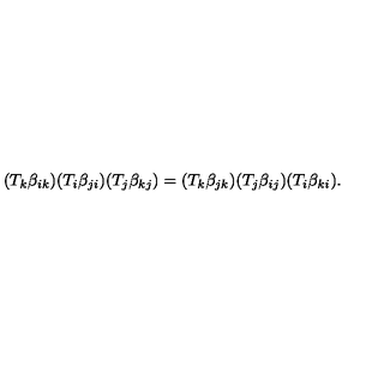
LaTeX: ( T _ { k } \beta _ { i k } ) ( T _ { i } \beta _ { j i } ) ( T _ { j } \beta _ { k j } ) = ( T _ { k } \beta _ { j k } ) ( T _ { j } \beta _ { i j } ) ( T _ { i } \beta _ { k i } ) .